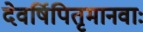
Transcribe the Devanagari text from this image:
देवर्षिपितृमानवाः